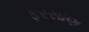
ફરસાણ